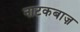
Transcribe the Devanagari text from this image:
नाटकबाज़